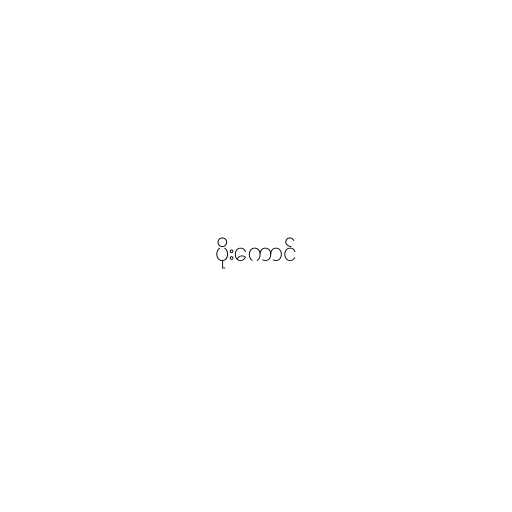
ပိုးကောင်